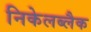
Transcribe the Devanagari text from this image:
निकेलब्लैक